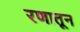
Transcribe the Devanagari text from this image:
रणातून